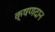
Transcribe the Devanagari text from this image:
क्षणदान